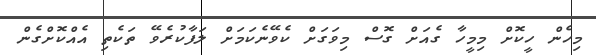
މިހެން ހީކޮށް މިމީހާ ގެއަށް ގޮސް މިވަގަށް ކެވޭނެކަމަށް ލަފާކުރެވޭ ތަކެތި އެއްކޮށްގެން